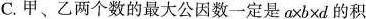
C.甲、乙两个数的最大公因数一定是$$a \times b \times d$$的积